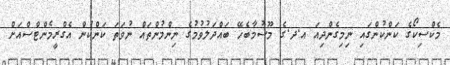
މެކްސިކޯގެ ކަންކުންގައި ނިމިގެންދިއަ އ.ދ.ގެ މޫސުމާބެހޭ ބައްދަލުވުމުގެ ނިންމުންތައް ނުވަތަ ކަންކުން އެގްރީމެންޓްސްއަށް